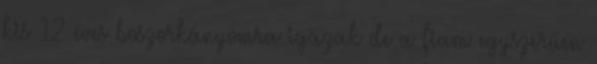
kis 12 éves boszorkányomra igazak de a fiam egyszerűen